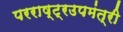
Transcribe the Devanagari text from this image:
परराष्ट्रउपमंत्री